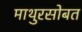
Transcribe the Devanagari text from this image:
माथुरसोबत